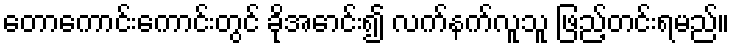
တောကောင်းကောင်းတွင် ခိုအောင်း၍ လက်နက်လူသူ ဖြည့်တင်းရမည်။